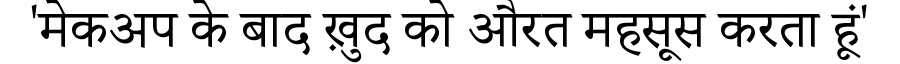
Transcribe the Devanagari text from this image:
'मेकअप के बाद ख़ुद को औरत महसूस करता हूं'